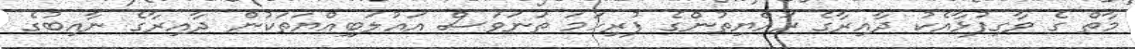
މާތް ގެ ވާގިފުޅާއެކު ދާއިރާގެ ރައްޔިތުންގެ ފުރިހަމަ ތަނަވަސް އަޣުލަބިއްޔަތަކުން ދާއިރާގެ ނާއިބުގެ